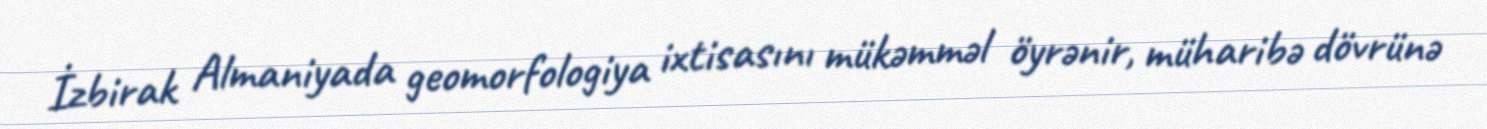
İzbirak Almaniyada geomorfologiya ixtisasını mükəmməl öyrənir, müharibə dövrünə